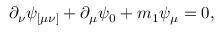
\partial _ { \nu } \psi _ { [ \mu \nu ] } + \partial _ { \mu } \psi _ { 0 } + m _ { 1 } \psi _ { \mu } = 0 ,